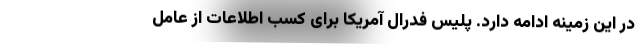
در این زمینه ادامه دارد. پلیس فدرال آمریکا برای کسب اطلاعات از عامل